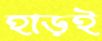
হাড়ই